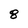
Character: 8